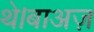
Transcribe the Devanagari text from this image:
थे।बाअज़